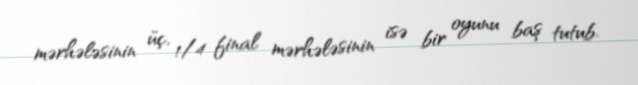
mərhələsinin üç, 1/4 final mərhələsinin isə bir oyunu baş tutub.